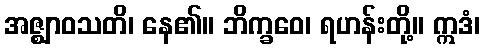
အဇ္ဈာဝသတိ၊ နေ၏။ ဘိက္ခဝေ၊ ရဟန်းတို့။ ဣဒံ၊